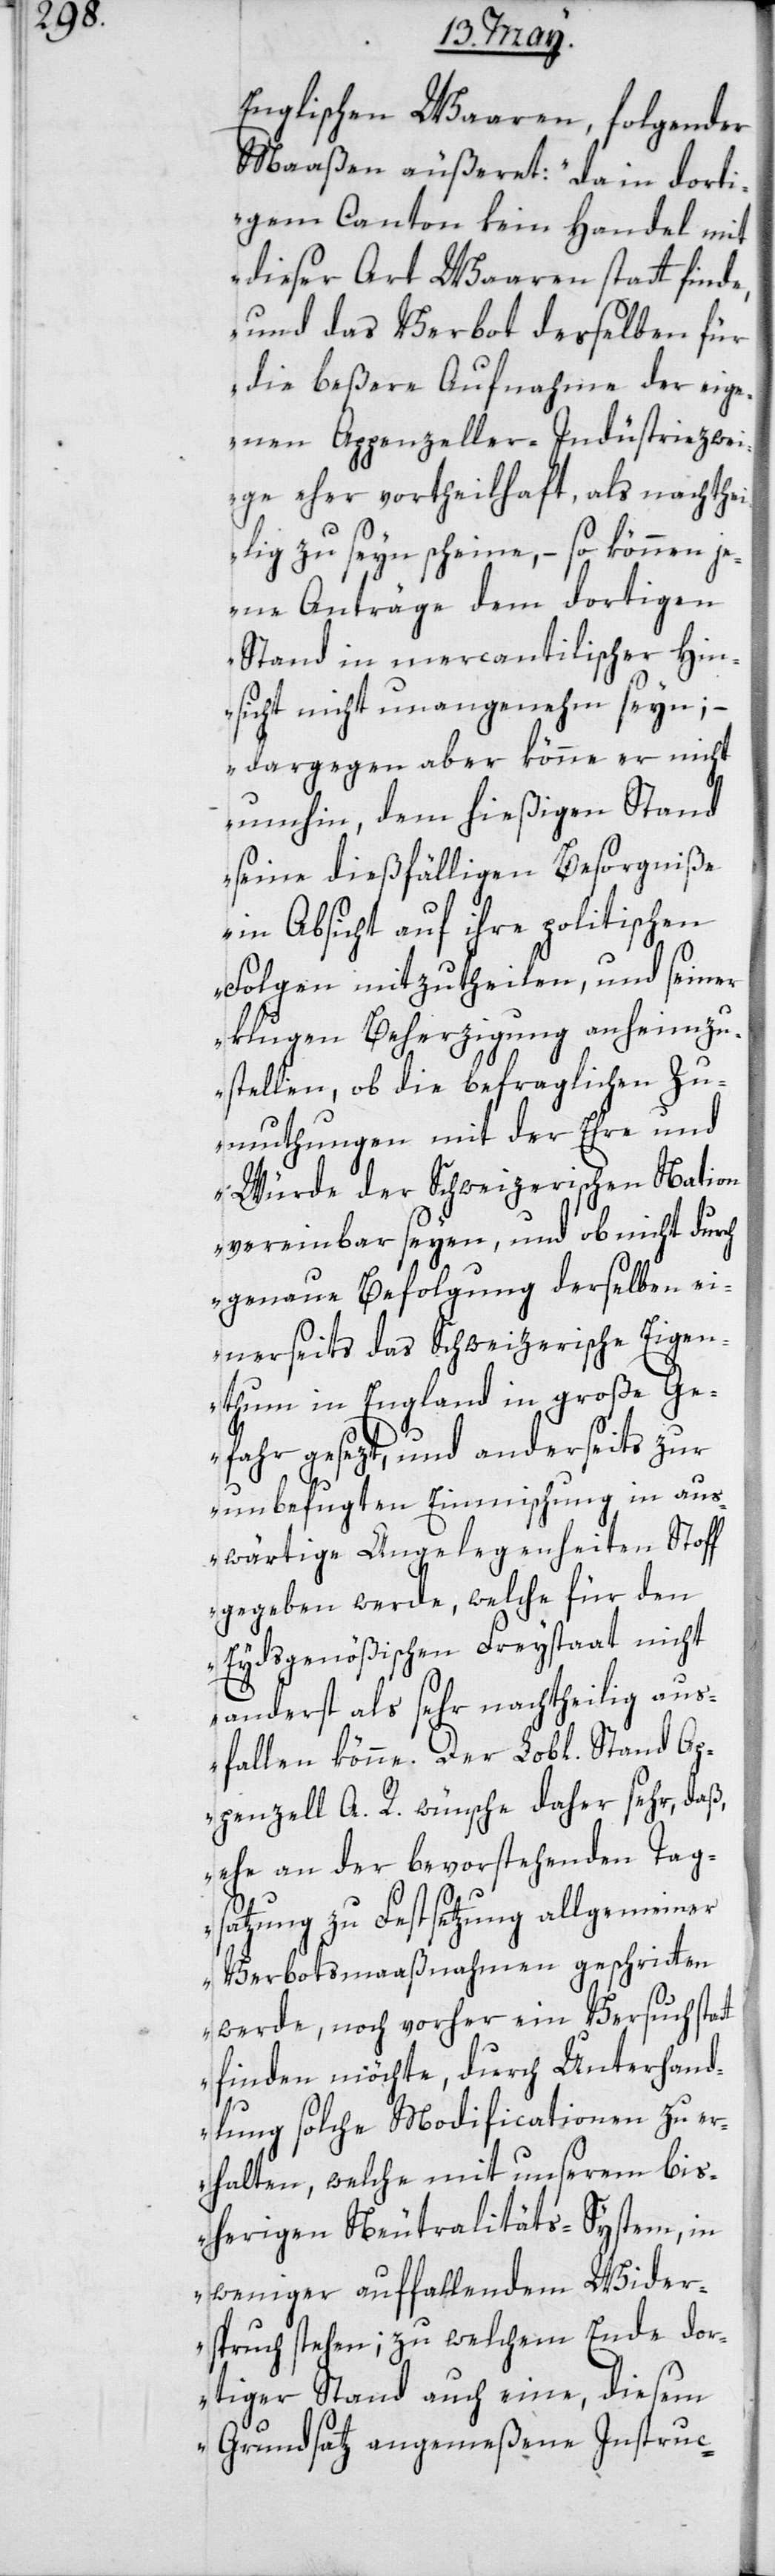
Englischen Waaren, folgender
Maaßen äußeret: „da in dorti¬
gem Canton kein Handel mit
dieser Art Waaren statt finde,
und das Verbot derselben für
die beßere Aufnahme der eige¬
nen Appenzeller-Industriezwei¬
ge eher vortheilhaft als nachthe¬
ilig zu seyn scheine, – so können j¬
ene Anträge dem dortigen
Stand in mercantilischer Hin¬
sicht nicht unangenehm seyn; –
dargegen aber könne er nicht
umhin, dem hießigen Stand
seine dießfälligen Besorgniße
in Absicht auf ihre politischen
Folgen mitzutheilen, und seiner
klugen Beherzigung anheimzu¬
stellen, ob die befraglichen Zu¬
muthungen mit der Ehre und
Würde der Schweizerischen Nation
vereinbar seyen, und ob nicht durch
genaue Befolgung derselben ei¬
nerseits das Schweizerische Eigen¬
thum in England in große Ge¬
fahr gesezt, und anderseits zur
unbefugten Einmischung in aus¬
wärtige Angelegenheiten Stoff
gegeben werde, welche für den
Eydsgenößischen Freystaat nicht
anderst als sehr nachtheilig aus¬
fallen könne. Der Lob[liche] Stand
Appenzell A. R. wünsche daher sehr, daß,
ehe an der bevorstehenden Tag¬
satzung zu Festsetzung allgemeiner
Verbotsmaaßnahmen geschritten
werde, noch vorher ein Versuch stat¬
tfinden möchte, durch Unterhand¬
lung solche Modificationen zu er¬
halten, welche mit unserem bis¬
herigen Neutralitäts-System, in
weniger auffallendem Wider¬
spruch stehen; zu welchem Ende dor¬
tiger Stand auch eine, diesem
Grundsatz angemeßene Instruc-